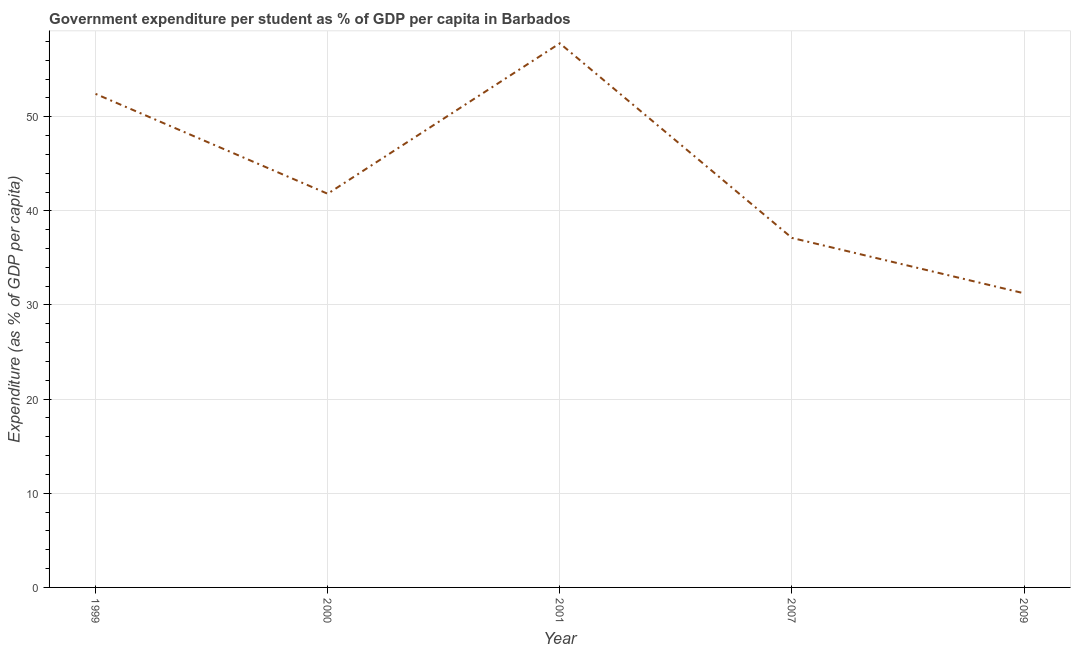
| Year | Government expenditure per tertiary student |
 | --- | --- |
 | 1999 | 52.4 |
 | 2000 | 41.8 |
 | 2001 | 57.8 |
 | 2007 | 37.1 |
 | 2009 | 31.2 |